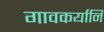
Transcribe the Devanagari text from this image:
गावकर्यानि